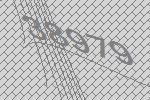
38979